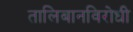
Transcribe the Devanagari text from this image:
तालिबानविरोधी